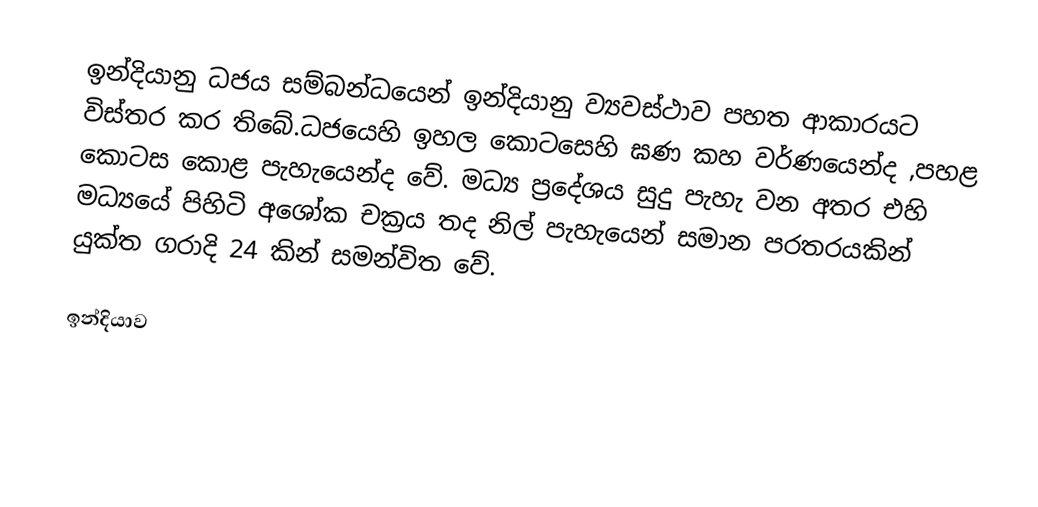
ඉන්දියානු ධජය සම්බන්ධයෙන් ඉන්දියානු ව්‍යවස්ථාව පහත ආකාරයට විස්තර කර තිබේ.ධජයෙහි ඉහල කොටසෙහි ඝණ කහ වර්ණයෙන්ද ,පහළ කොටස කොළ පැහැයෙන්ද වේ. මධ්‍ය ප්‍රදේශය සුදු පැහැ වන අතර එහි මධ්‍යයේ පිහිටි අශෝක චක්‍රය තද නිල් පැහැයෙන් සමාන පරතරයකින් යුක්ත ගරාදි 24 කින් සමන්විත වේ.

ඉන්දියාව